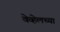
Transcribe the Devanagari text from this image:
वेव्हेलच्या